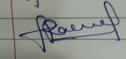
Signature authenticity: genuine